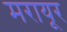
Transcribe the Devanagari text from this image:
मरायूर